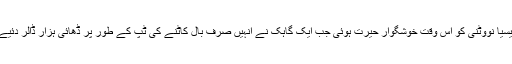
الیسیا نووٹنی کو اس وقت خوشگوار حیرت ہوئی جب ایک گاہک نے انہیں صرف بال کاٹنے کی ٹپ کے طور پر ڈھائی ہزار ڈالر دئیے۔